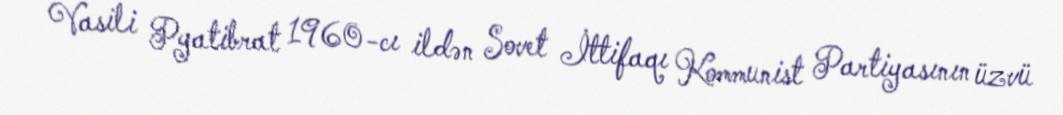
Vasili Pyatibrat 1960-cı ildən Sovet İttifaqı Kommunist Partiyasının üzvü